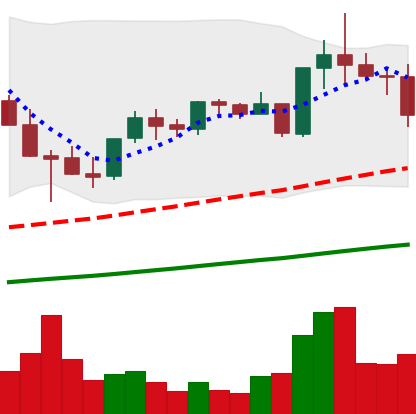
Ticker: TRX-USD
Chart end date: 2021-05-10
Forward return: -5.087%
Label: down_5_7